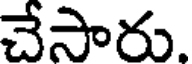
చేసారు.